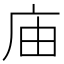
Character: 庙